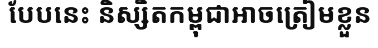
បែបនេះ និស្សិតកម្ពុជាអាចត្រៀមខ្លួន